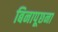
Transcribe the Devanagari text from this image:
बिनापूछना